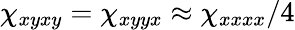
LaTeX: \chi_{xyxy}=\chi_{xyyx}\approx\chi_{xxxx}/4